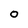
Character: 0